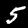
Label: 5